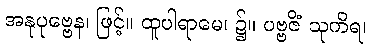
အနုပုဗ္ဗေန၊ ဖြင့်။ ထူပါရာမေ၊ ၌။ ပဗ္ဗဇိံ သုကိရ၊